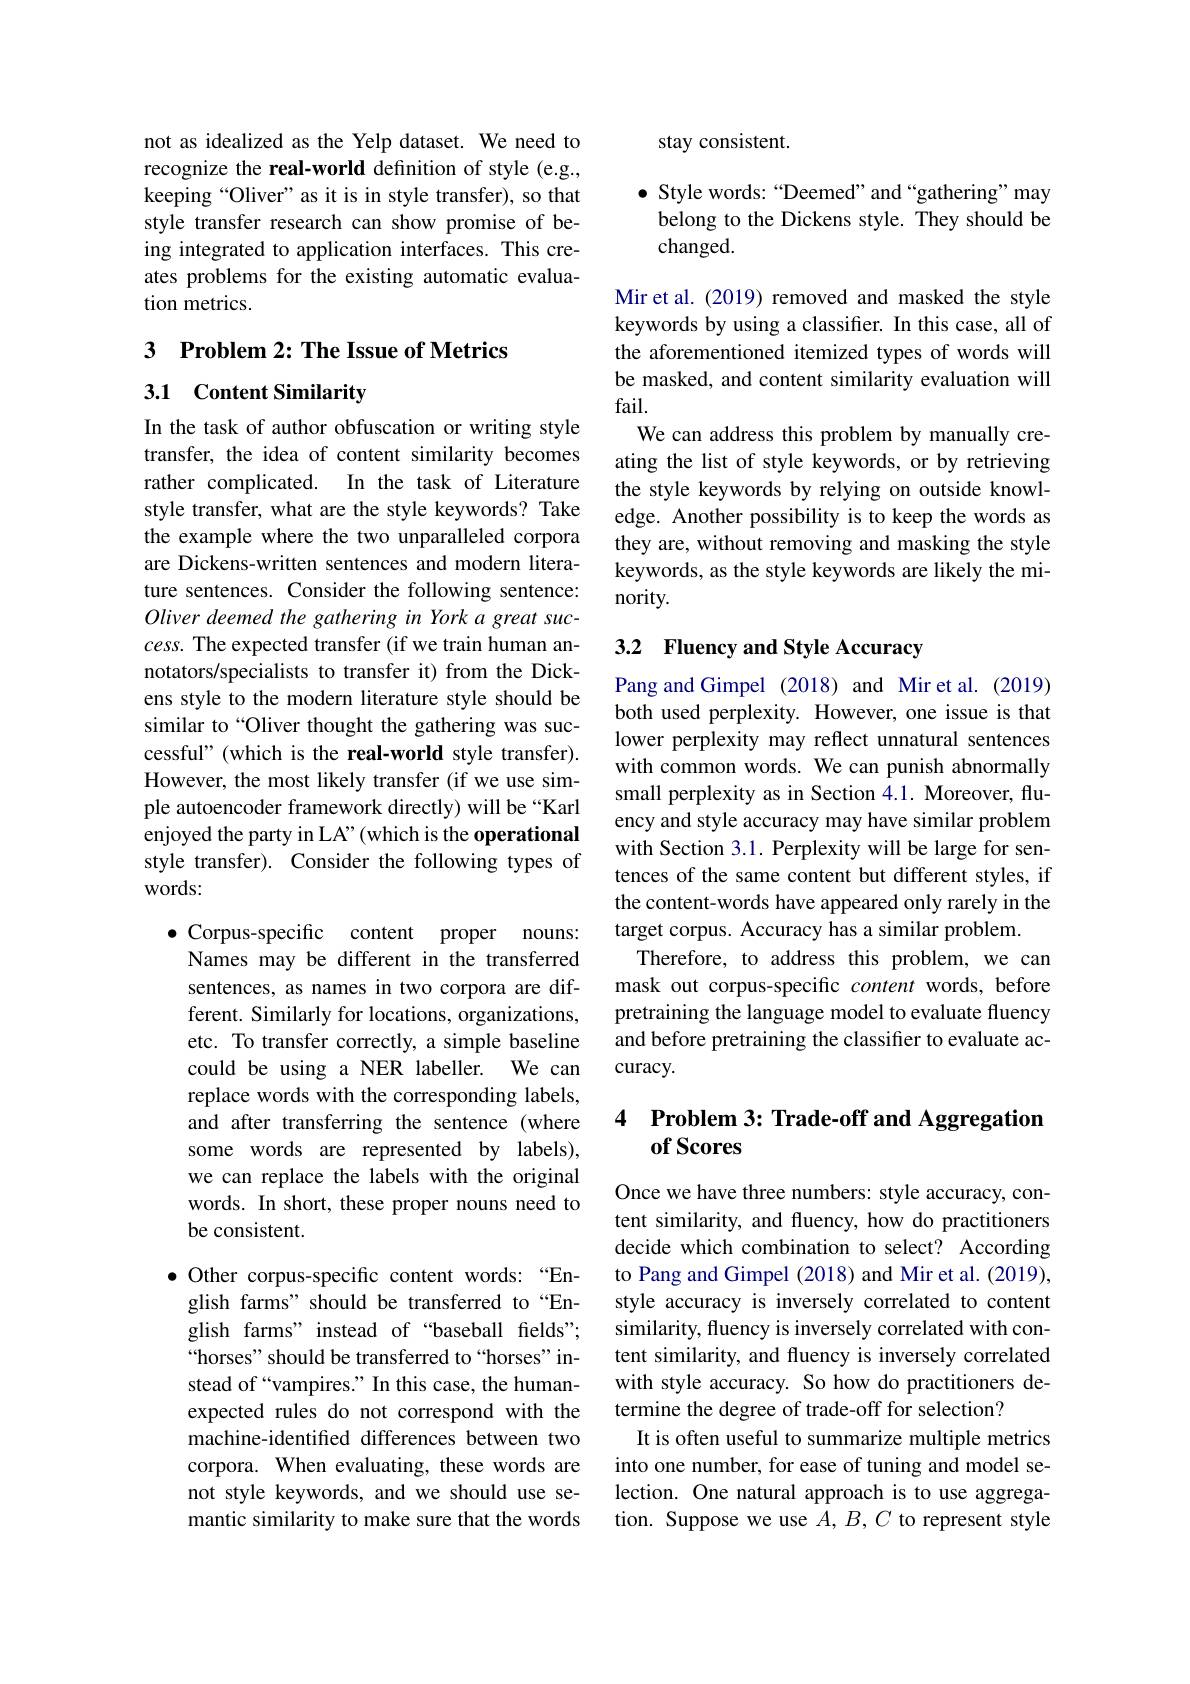
not as idealized as the Yelp dataset. We need to recognize the real-world definition of style (e.g., keeping “Oliver”as it is in style transfer), so that style transfer research can show promise of being integrated to application interfaces. This creates problems for the existing automatic evaluation metrics.

3 $\textbf{Problem 2: The Issue of Metrics}$

3.1 Content Similarity

In the task of author obfuscation or writing style transfer, the idea of content similarity becomes rather complicated. In the task of Literature style transfer, what are the style keywords? Take the example where the two unparalleled corpora are Dickens-written sentences and modern literature sentences. Consider the following sentence: Oliver deemed the gathering in York a great suc- $cess.$ The expected transfer (if we train human annotators/specialists to transfer it) from the Dickens style to the modern literature style should be similar to“Oliver thought the gathering was successful" (which is the real-world style transfer). However, the most likely transfer (if we use simple autoencoder framework directly) will be “Karl enjoyed the party in LA" (which is the operational style transfer). Consider the following types of words:

, Corpus-specific content proper nouns: Names may be different in the transferred sentences, as names in two corpora are different. Similarly for locations, organizations, etc. To transfer correctly, a simple baseline could be using a NER labeller. We can replace words with the corresponding labels, and after transferring the sentence (where some words are represented by labels), we can replace the labels with the original words. In short, these proper nouns need to be consistent.

Other corpus-specific content words: “English farms" should be transferred to“English farms" instead of “baseball felds" “horses” should be transferred to“horses”instead of“vampires.” In this case, the humanexpected rules do not correspond with the machine-identified differences between two corpora. When evaluating, these words are not style keywords, and we should use semantic similarity to make sure that the words

stay consistent.

$\bullet$ Style words: “Deemed”and“gathering”may belong to the Dickens style. They should be changed.

Mir et al. (2019) removed and masked the style keywords by using a classifier. In this case, all of the aforementioned itemized types of words will be masked, and content similarity evaluation will fail.
We can address this problem by manually creating the list of style keywords, or by retrieving the style keywords by relying on outside knowledge. Another possibility is to keep the words as they are, without removing and masking the style keywords, as the style keywords are likely the minority.

# 3.2 Fluency and Style Accuracy

Pang and Gimpel (2018) and Mir et al. (2019) both used perplexity. However, one issue is that lower perplexity may reflect unnatural sentences with common words. We can punish abnormally small perplexity as in Section 4.1. Moreover, fluency and style accuracy may have similar problem with Section 3.1. Perplexity will be large for sentences of the same content but different styles, if the content-words have appeared only rarely in the target corpus. Accuracy has a similar problem
Therefore, to address this problem, we can mask out corpus-specific content words, before pretraining the language model to evaluate fluency and before pretraining the classifier to evaluate accuracy.

### 4 $\textbf{Problem 3: Trade- off and Aggregation}$ of Scores

Once we have three numbers: style accuracy, content similarity, and fluency, how do practitioners decide which combination to select? According to Pang and Gimpel (2018) and Mir et al. (2019), style accuracy is inversely correlated to content similarity, fluency is inversely correlated with content similarity, and fluency is inversely correlated with style accuracy. So how do practitioners determine the degree of trade-off for selection?
It is often useful to summarize multiple metrics into one number, for ease of tuning and model selection. One natural approach is to use aggregation. Suppose we use $A,B,C$ to represent style